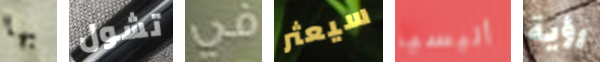
بها تشول في سيعثر أليسيا رؤية